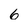
Character: 6